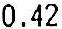
0.42